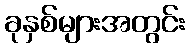
ခုနှစ်များအတွင်း